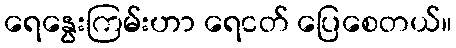
ရေနွေးကြမ်းဟာ ရေငတ် ပြေစေတယ်။